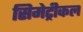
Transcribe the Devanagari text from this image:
सिमेट्रीकल